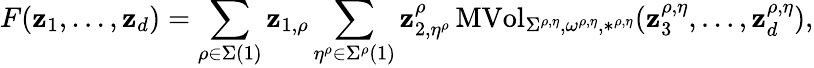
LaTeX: F(\mathbf{z}_{1},\dots,\mathbf{z}_{d})=\sum_{\rho\in\Sigma(1)}\mathbf{z}_{1,\rho}\sum_{\eta^{\rho}\in\Sigma^{\rho}(1)}\mathbf{z}_{2,\eta^{\rho}}^{\rho}\operatorname{MVol}_{\Sigma^{\rho,\eta},\omega^{\rho,\eta},*^{\rho,\eta}}(\mathbf{z}_{3}^{\rho,\eta},\dots,\mathbf{z}_{d}^{\rho,\eta}),